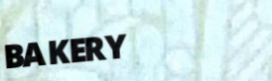
BAKERY